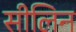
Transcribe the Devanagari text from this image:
सीलिन